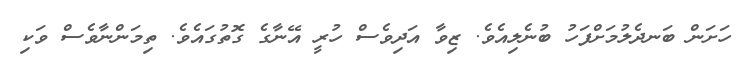
ހަށަން ބަނދެލުމަށްފަހު ބުނެލިއެވެ. ޒިވާ އަދިވެސް ހުރީ އޭނާގެ ގޮތުގައެވެ. ތިމަންނާވެސް ވަކި